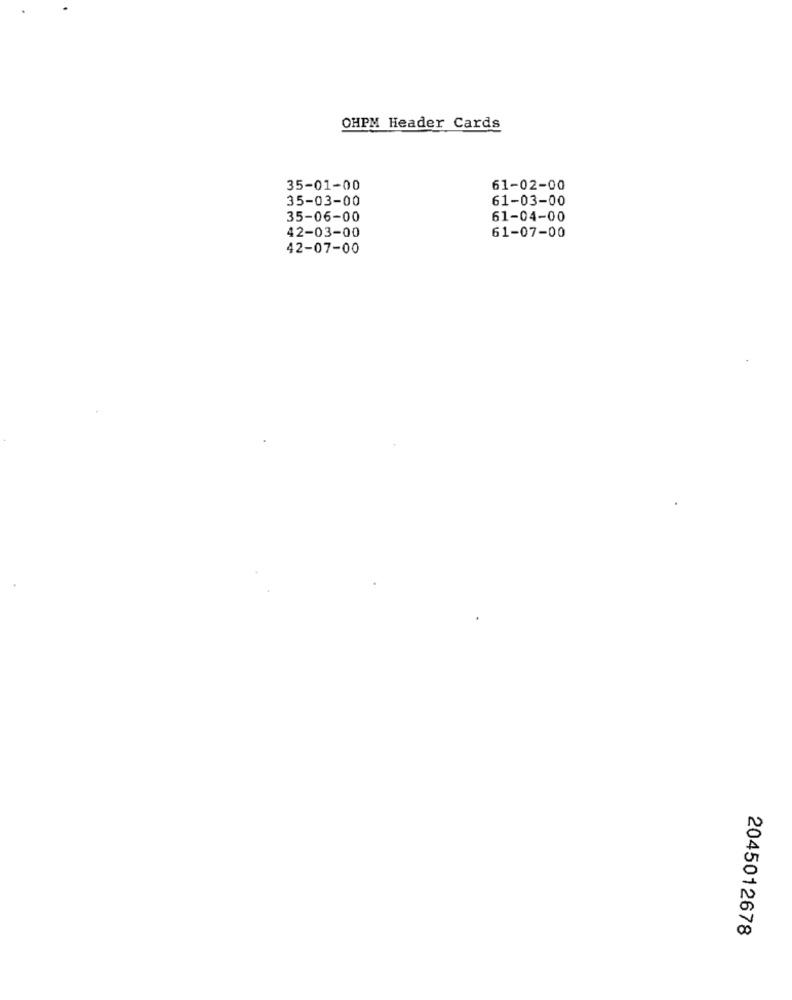
OHPM Header Cards
35-01-00
61-02-00
35-03-00
61-03-00
35-06-00
61-04-00
42-03-00
61-07-00
42-07-00
2045012678